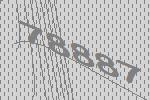
78887